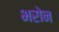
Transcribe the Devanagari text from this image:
भरोन